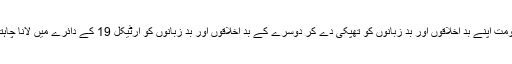
ہر حکومت اپنے بد اخلاقوں اور بد زبانوں کو تھپکی دے کر دوسرے کے بد اخلاقوں اور بد زبانوں کو آرٹیکل 19 کے دائرے میں لانا چاہتی ہے۔